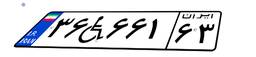
۳۶W۶۶۱۶۳